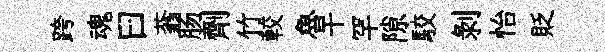
跨魂曰蓊肠劑竹較魯干罕隙駮剝怡貶